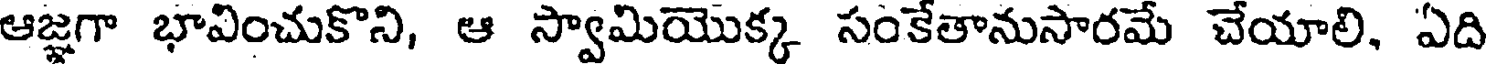
ఆజ్ఞగా భావించుకొని, ఆ స్వామియొక్క సంకేతానుసారమే చేయాలి, ఏది